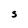
Character: S